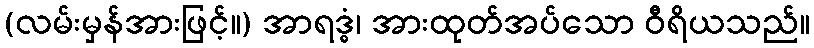
(လမ်းမှန်အားဖြင့်။) အာရဒ္ဓံ၊ အားထုတ်အပ်သော ဝီရိယသည်။